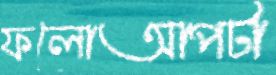
ফলোআপটা